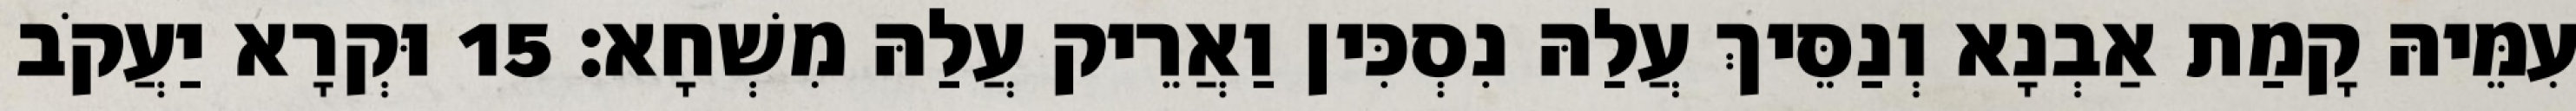
עִמֵּיהּ קָמַת אַבְנָא וְנַסֵּיךְ עֲלַהּ נִסְכִּין וַאֲרֵיק עֲלַהּ מִשְׁחָא׃ 15 וּקְרָא יַעֲקֹב